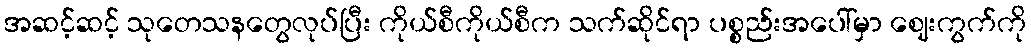
အဆင့်ဆင့် သုတေသနတွေလုပ်ပြီး ကိုယ်စီကိုယ်စီက သက်ဆိုင်ရာ ပစ္စည်းအပေါ်မှာ ဈေးကွက်ကို